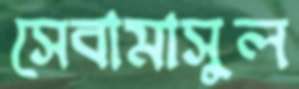
সেবামাসুল